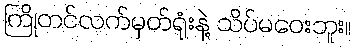
ကြိုတင်လက်မှတ်ရုံးနဲ့ သိပ်မဝေးဘူး။